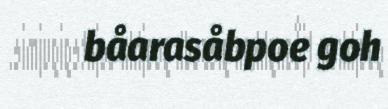
båarasåbpoe goh